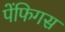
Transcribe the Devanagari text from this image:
पेंफिगस